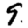
Digit: 9